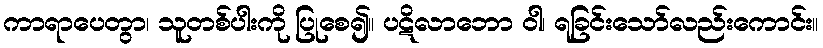
ကာရာပေတွာ၊ သူတစ်ပါးကို ပြုစေ၍။ ပဋိလာဘော ဝါ၊ ရခြင်းသော်လည်းကောင်း။